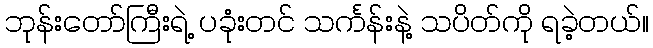
ဘုန်းတော်ကြီးရဲ့ ပခုံးတင် သင်္ကန်းနဲ့ သပိတ်ကို ရခဲ့တယ်။